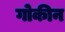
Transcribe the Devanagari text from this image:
गोकीन